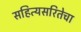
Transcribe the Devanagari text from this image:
सहित्यसरितेचा